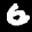
Label: 6